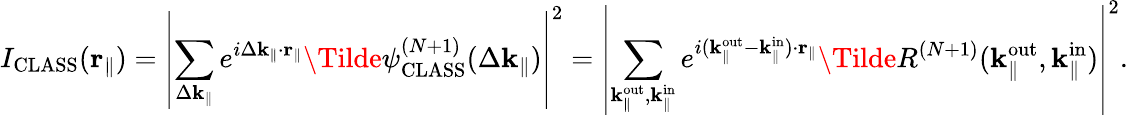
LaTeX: I_{\mathrm{CLASS}}(\mathbf{r}_{\parallel})=\left|\sum_{\Delta\mathbf{k}_{\parallel}}e^{i\Delta\mathbf{k}_{\parallel}\cdot\mathbf{r}_{\parallel}}\Tilde{\psi}_{\mathrm{CLASS}}^{(N+1)}(\Delta\mathbf{k}_{\parallel})\right|^{2}=\left|\sum_{\mathbf{k}_{\parallel}^{\mathrm{out}},\mathbf{k}_{\parallel}^{\mathrm{in}}}e^{i(\mathbf{k}_{\parallel}^{\mathrm{out}}-\mathbf{k}_{\parallel}^{\mathrm{in}})\cdot\mathbf{r}_{\parallel}}\Tilde{R}^{(N+1)}({\mathbf{k}_{\parallel}^{\mathrm{out}}},\mathbf{k}_{\parallel}^{\mathrm{in}})\right|^{2}.